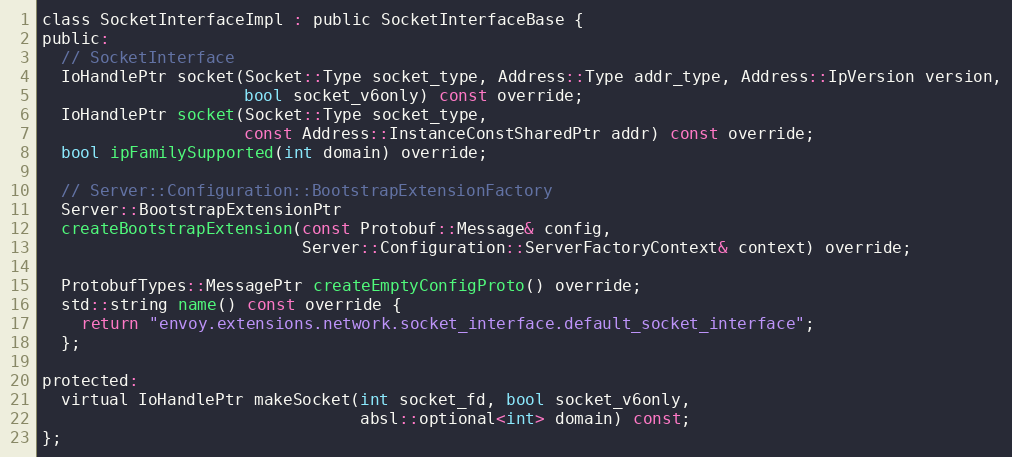
Language: C
class SocketInterfaceImpl : public SocketInterfaceBase {
public:
  // SocketInterface
  IoHandlePtr socket(Socket::Type socket_type, Address::Type addr_type, Address::IpVersion version,
                     bool socket_v6only) const override;
  IoHandlePtr socket(Socket::Type socket_type,
                     const Address::InstanceConstSharedPtr addr) const override;
  bool ipFamilySupported(int domain) override;

  // Server::Configuration::BootstrapExtensionFactory
  Server::BootstrapExtensionPtr
  createBootstrapExtension(const Protobuf::Message& config,
                           Server::Configuration::ServerFactoryContext& context) override;

  ProtobufTypes::MessagePtr createEmptyConfigProto() override;
  std::string name() const override {
    return "envoy.extensions.network.socket_interface.default_socket_interface";
  };

protected:
  virtual IoHandlePtr makeSocket(int socket_fd, bool socket_v6only,
                                 absl::optional<int> domain) const;
};